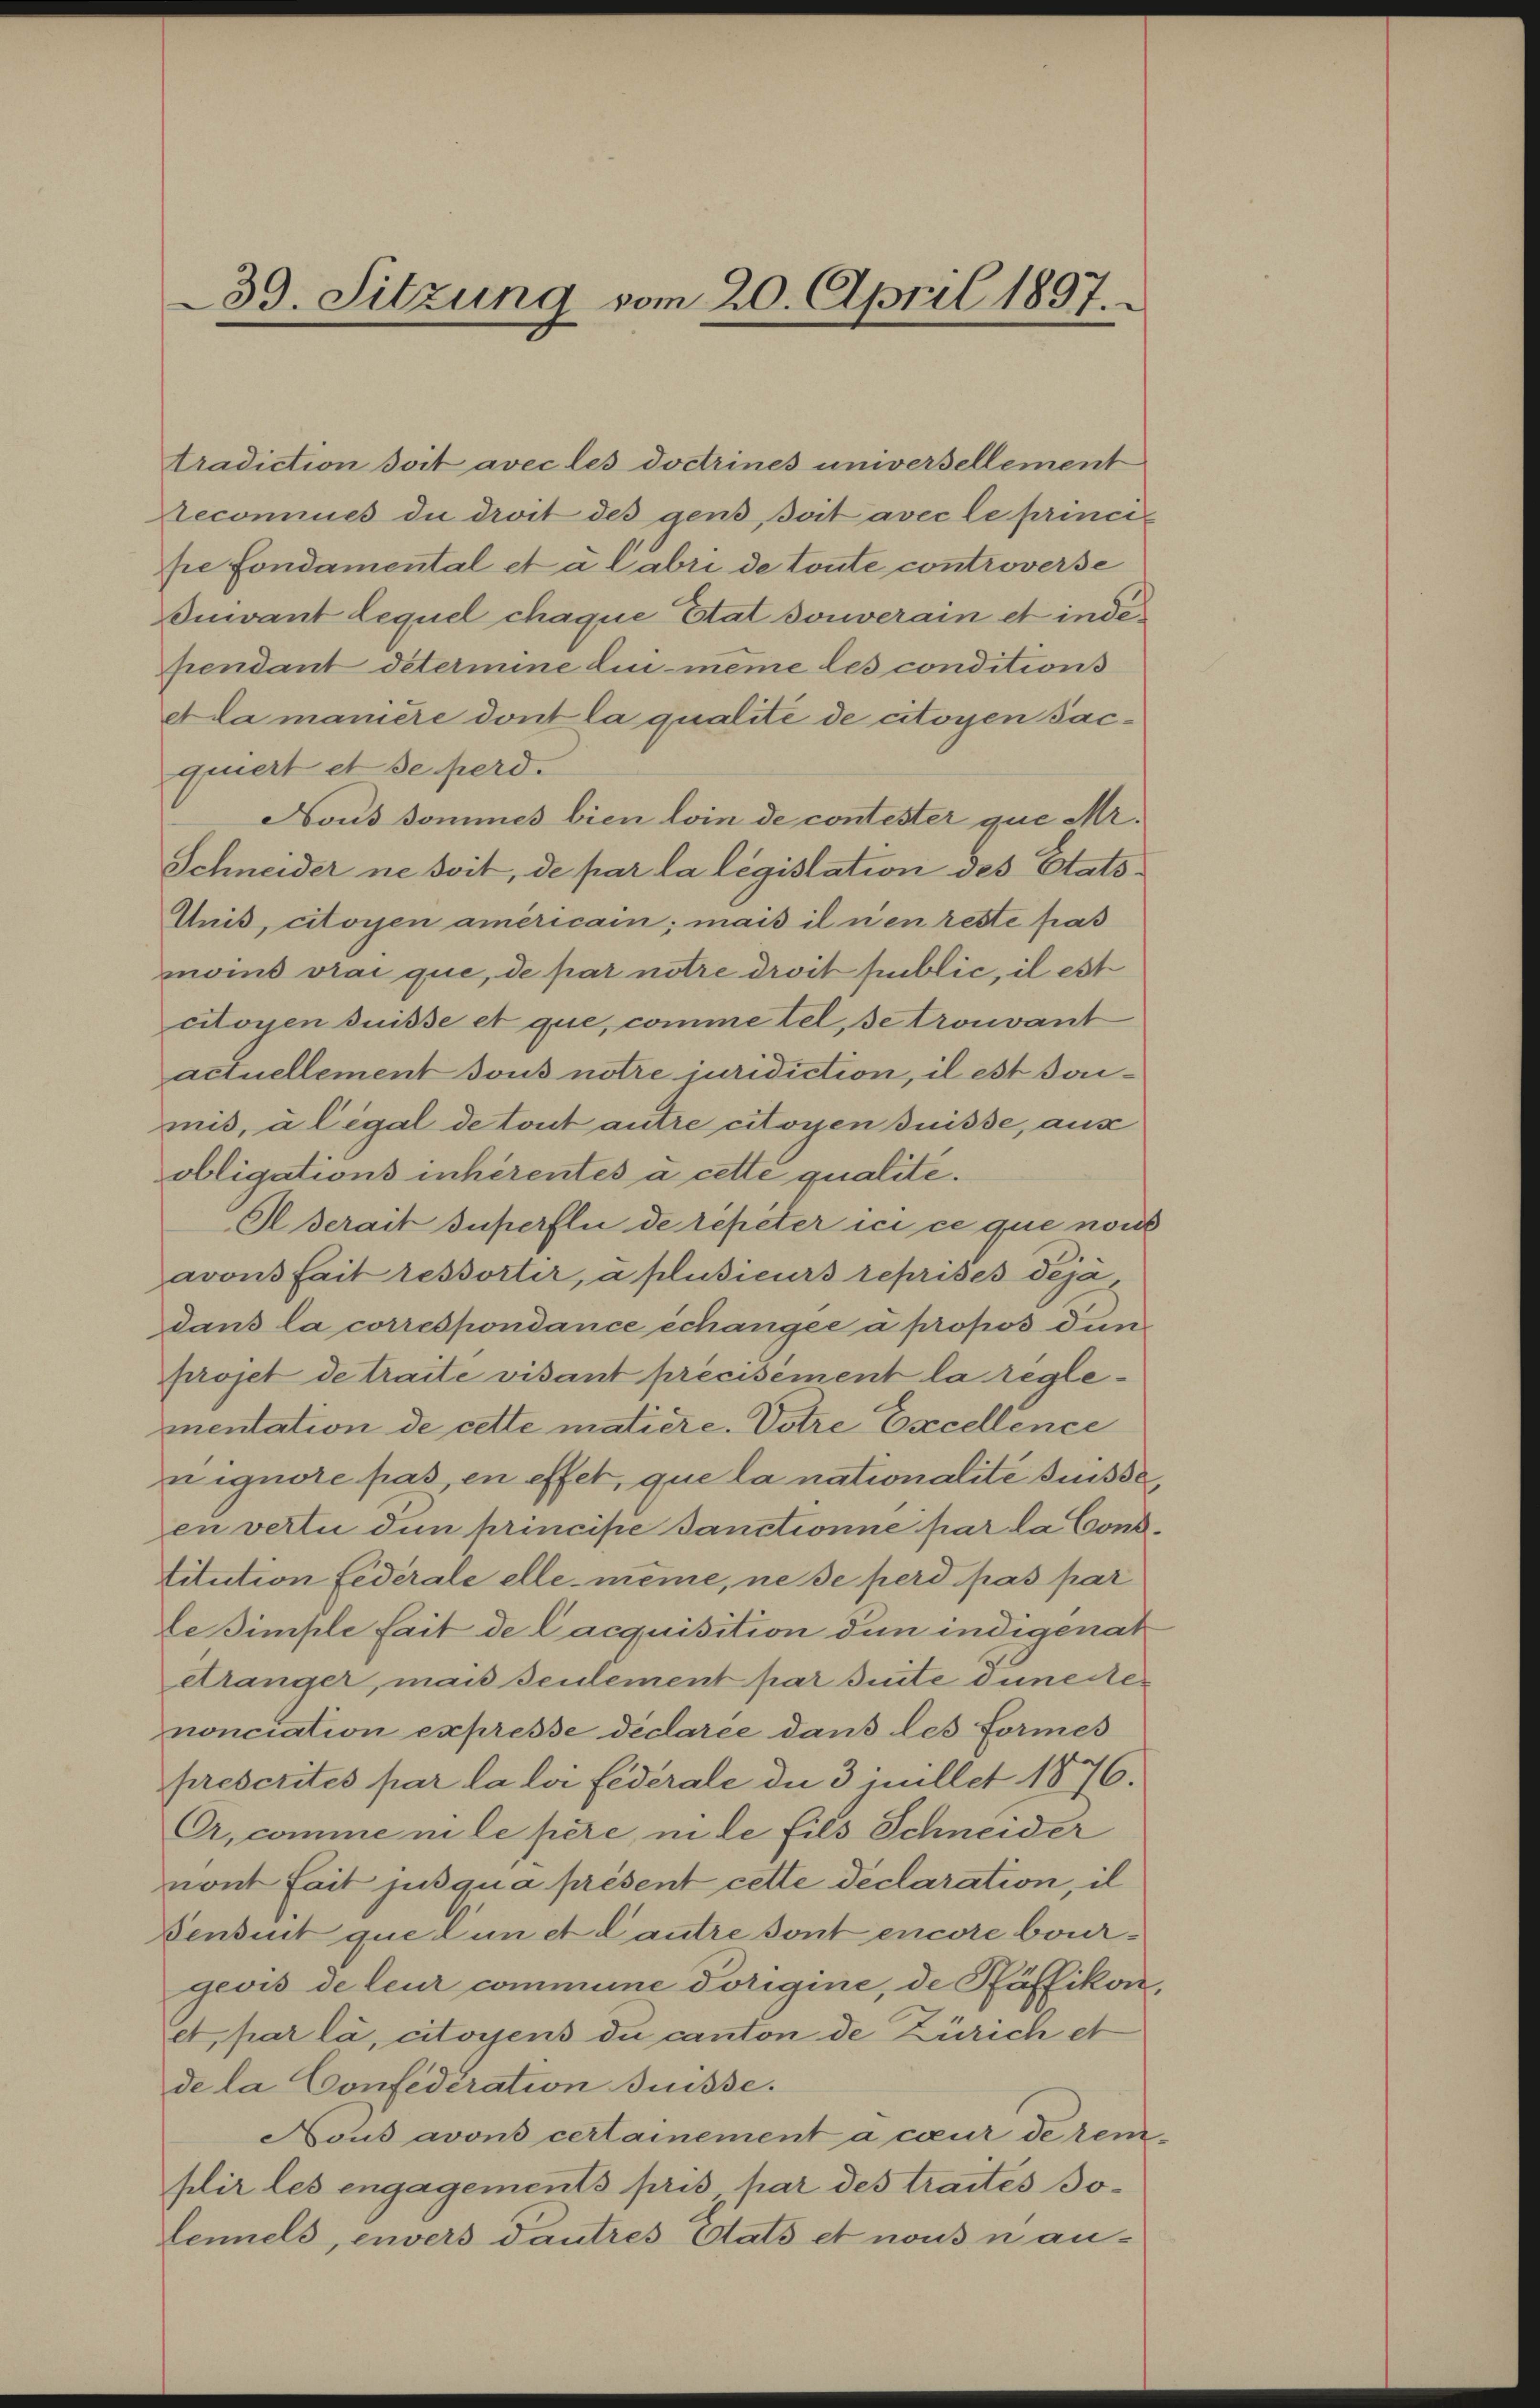
39. Sitzung vom 20. April 1897.

quiert et se perd.
obligations inhérentés à cette qualite.
Al serait superfli de repeter ici ce que nous
avons fait ressortir, a plusieurs reprises déjà
dans la correspondance échangee à propos dun
projet de traite visant précisément la reglemnentation de cette matière. Votre Excellence
n ignore pas, en effet, que la nationalité suisse,
en vertu den principe Sanctionne par la Constitution fidérale elle meine, ne se perd pas par
Lesimple fait de Cacquisition den indigenat
etränger, mais seulement par suite Dünettes
nonciation expresse déclarée dans les Formes
prescrites par la loi fédérale die 3 juillet 1876.
A, comme ni le père, in de fils Schneider
nont fait jusqua présent cette declaration, il
Densent que lun et Cautre sont encore bourgevis de leur commune Vorigine, de Pfäffikon,
et, par là, citoyens du canton de Zürich et
de la Confederation suisse.
Nous avons certainement a cceur de rem-
plir les engagements pris, par des traites Bolennels, envers dautres Etats et nous nan-

tradiction soit avec les Doctrines universellement
Aeconnues du droit des gens soit avec le princi
pe fondamental et u. Cabri de toute controverse
Buivant lequel chaque Etat souverain et independant détermine lui meine les conditions
Ada manière dont la qualité de citoyen Jac¬
Nous domines bien loin de contester que Mr.
Schneider ne soit, de par la législation des Etats¬
Unis, citoyen americain; mais il nen reste pas
moins vrai que, de par notre droit public, il est
citoyen süsse et que, comme tel, se trouvant
actuellement sous notre juridiction, il est sonmis, a légal de tout autre citoyen suisse, aus